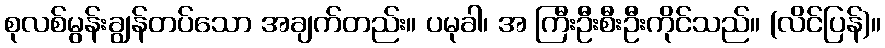
စုလစ်မွန်းချွန်တပ်သော အချက်တည်း။ ပမုခါ၊ အ ကြီးဦးစီးဦးကိုင်သည်။ (လိင်ပြန်)။